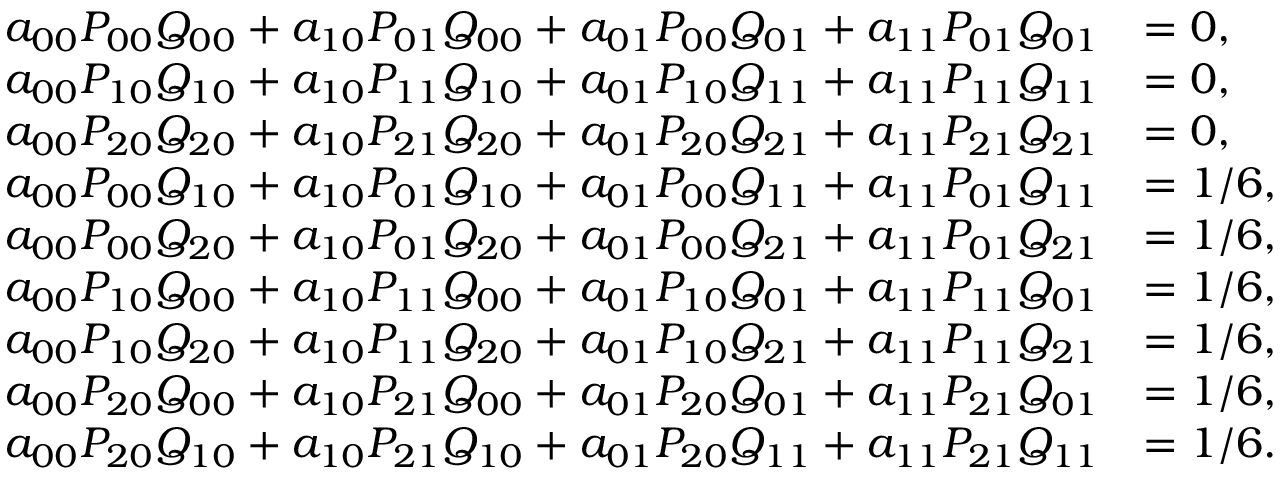
\begin{array} { r l } { a _ { 0 0 } P _ { 0 0 } Q _ { 0 0 } + a _ { 1 0 } P _ { 0 1 } Q _ { 0 0 } + a _ { 0 1 } P _ { 0 0 } Q _ { 0 1 } + a _ { 1 1 } P _ { 0 1 } Q _ { 0 1 } } & { = 0 , } \\ { a _ { 0 0 } P _ { 1 0 } Q _ { 1 0 } + a _ { 1 0 } P _ { 1 1 } Q _ { 1 0 } + a _ { 0 1 } P _ { 1 0 } Q _ { 1 1 } + a _ { 1 1 } P _ { 1 1 } Q _ { 1 1 } } & { = 0 , } \\ { a _ { 0 0 } P _ { 2 0 } Q _ { 2 0 } + a _ { 1 0 } P _ { 2 1 } Q _ { 2 0 } + a _ { 0 1 } P _ { 2 0 } Q _ { 2 1 } + a _ { 1 1 } P _ { 2 1 } Q _ { 2 1 } } & { = 0 , } \\ { a _ { 0 0 } P _ { 0 0 } Q _ { 1 0 } + a _ { 1 0 } P _ { 0 1 } Q _ { 1 0 } + a _ { 0 1 } P _ { 0 0 } Q _ { 1 1 } + a _ { 1 1 } P _ { 0 1 } Q _ { 1 1 } } & { = 1 / 6 , } \\ { a _ { 0 0 } P _ { 0 0 } Q _ { 2 0 } + a _ { 1 0 } P _ { 0 1 } Q _ { 2 0 } + a _ { 0 1 } P _ { 0 0 } Q _ { 2 1 } + a _ { 1 1 } P _ { 0 1 } Q _ { 2 1 } } & { = 1 / 6 , } \\ { a _ { 0 0 } P _ { 1 0 } Q _ { 0 0 } + a _ { 1 0 } P _ { 1 1 } Q _ { 0 0 } + a _ { 0 1 } P _ { 1 0 } Q _ { 0 1 } + a _ { 1 1 } P _ { 1 1 } Q _ { 0 1 } } & { = 1 / 6 , } \\ { a _ { 0 0 } P _ { 1 0 } Q _ { 2 0 } + a _ { 1 0 } P _ { 1 1 } Q _ { 2 0 } + a _ { 0 1 } P _ { 1 0 } Q _ { 2 1 } + a _ { 1 1 } P _ { 1 1 } Q _ { 2 1 } } & { = 1 / 6 , } \\ { a _ { 0 0 } P _ { 2 0 } Q _ { 0 0 } + a _ { 1 0 } P _ { 2 1 } Q _ { 0 0 } + a _ { 0 1 } P _ { 2 0 } Q _ { 0 1 } + a _ { 1 1 } P _ { 2 1 } Q _ { 0 1 } } & { = 1 / 6 , } \\ { a _ { 0 0 } P _ { 2 0 } Q _ { 1 0 } + a _ { 1 0 } P _ { 2 1 } Q _ { 1 0 } + a _ { 0 1 } P _ { 2 0 } Q _ { 1 1 } + a _ { 1 1 } P _ { 2 1 } Q _ { 1 1 } } & { = 1 / 6 . } \end{array}